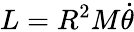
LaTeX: L=R^{2}M{\dot{\theta}}